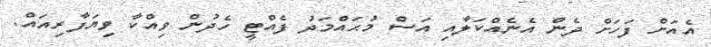
އެއަށް ފަހަށް ދެން އެނެއްކަލާއި އަސް މުޙައްމަދު ފެއްޓީ ހެދުން ވިއްކާ ވިޔަފާރިއައް.